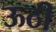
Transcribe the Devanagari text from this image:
ऊठी